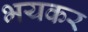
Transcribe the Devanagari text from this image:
भयकर